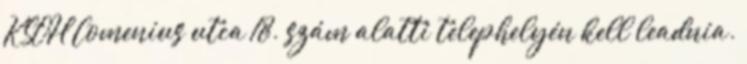
KSOH Comenius utca 18. szám alatti telephelyén kell leadnia.